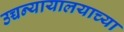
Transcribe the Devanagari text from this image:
उच्चन्यायालयाच्या